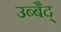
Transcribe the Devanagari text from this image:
उब्बैद्